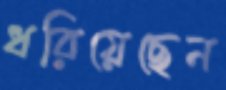
ধরিয়েছেন